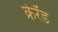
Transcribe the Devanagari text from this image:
क्रेरँड